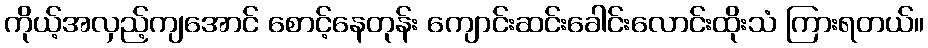
ကိုယ့်အလှည့်ကျအောင် စောင့်နေတုန်း ကျောင်းဆင်းခေါင်းလောင်းထိုးသံ ကြားရတယ်။